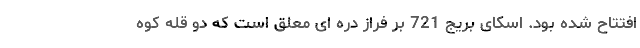
افتتاح شده بود. اسکای بریج 721 بر فراز دره ای معلق است که دو قله کوه